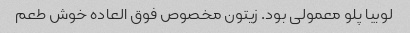
لوبیا پلو معمولی بود. زیتون مخصوص فوق العاده خوش طعم